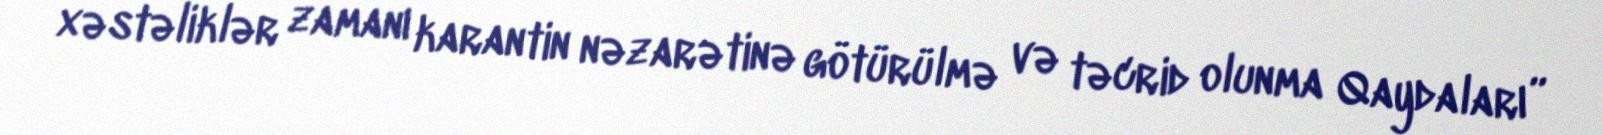
xəstəliklər zamanı karantin nəzarətinə götürülmə və təcrid olunma Qaydaları”